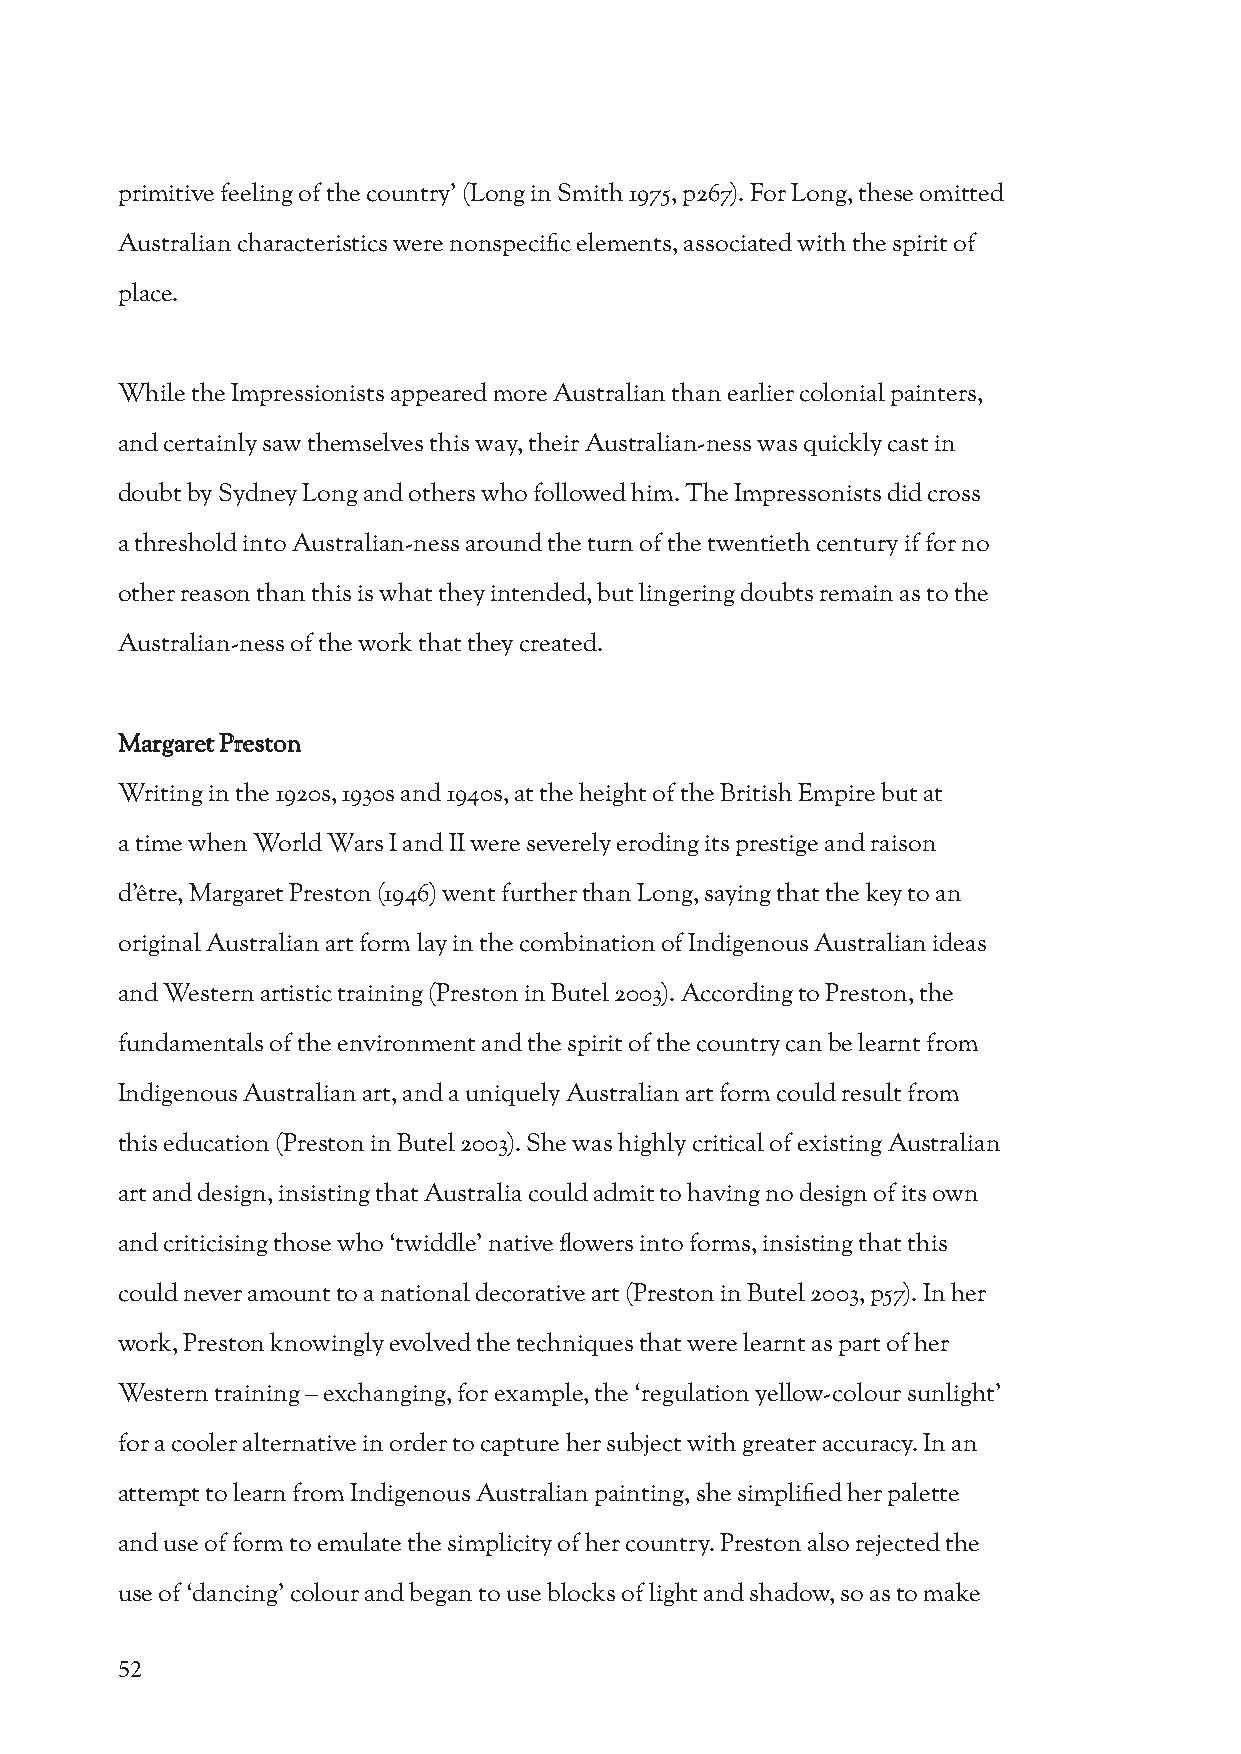
primitive feeling of the country’ (Long in Smith 1975, p267). For Long, these omitted
 Australian characteristics were nonspecific elements, associated with the spirit of
 place.
 While the Impressionists appeared more Australian than earlier colonial painters,
 and certainly saw themselves this way, their Australian-ness was quickly cast in
 doubt by Sydney Long and others who followed him. The Impressonists did cross
 a threshold into Australian-ness around the turn of the twentieth century if for no
 other reason than this is what they intended, but lingering doubts remain as to the
 Australian-ness of the work that they created.
 Margaret Preston
 Writing in the 1920s, 1930s and 1940s, at the height of the British Empire but at
 a time when World Wars I and II were severely eroding its prestige and raison
 d’être, Margaret Preston (1946) went further than Long, saying that the key to an
 original Australian art form lay in the combination of Indigenous Australian ideas
 and Western artistic training (Preston in Butel 2003). According to Preston, the
 fundamentals of the environment and the spirit of the country can be learnt from
 Indigenous Australian art, and a uniquely Australian art form could result from
 this education (Preston in Butel 2003). She was highly critical of existing Australian
 art and design, insisting that Australia could admit to having no design of its own
 and criticising those who ‘twiddle’ native flowers into forms, insisting that this
 could never amount to a national decorative art (Preston in Butel 2003, p57). In her
 work, Preston knowingly evolved the techniques that were learnt as part of her
 Western training – exchanging, for example, the ‘regulation yellow-colour sunlight’
 for a cooler alternative in order to capture her subject with greater accuracy. In an
 attempt to learn from Indigenous Australian painting, she simplified her palette
 and use of form to emulate the simplicity of her country. Preston also rejected the
 use of ‘dancing’ colour and began to use blocks of light and shadow, so as to make
 52